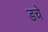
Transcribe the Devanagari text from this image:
डचे